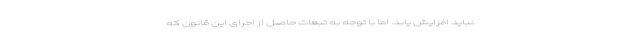
نباید افزایش یابد. اما با توجه به تبعات حاصل از اجرای این قانون که